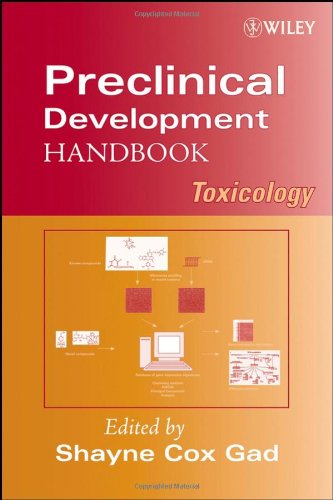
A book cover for Preclinical Development Handbook: Toxicology; Medical Books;